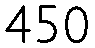
450